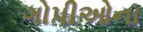
ગોપીઓના